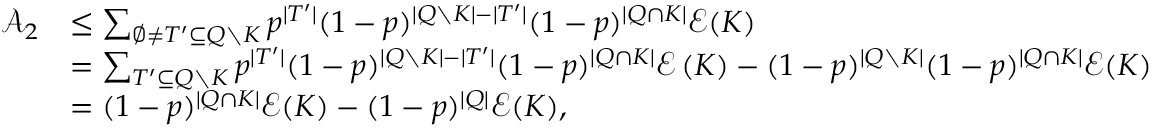
\begin{array} { r l } { \mathcal A _ { 2 } } & { \leq \sum _ { \emptyset \neq T ^ { \prime } \subseteq Q \setminus K } p ^ { | T ^ { \prime } | } ( 1 - p ) ^ { | Q \setminus K | - | T ^ { \prime } | } ( 1 - p ) ^ { | Q \cap K | } \mathcal E ( K ) } \\ & { = \sum _ { T ^ { \prime } \subseteq Q \setminus K } p ^ { | T ^ { \prime } | } ( 1 - p ) ^ { | Q \setminus K | - | T ^ { \prime } | } ( 1 - p ) ^ { | Q \cap K | } \mathcal E \left( K \right) - ( 1 - p ) ^ { | Q \setminus K | } ( 1 - p ) ^ { | Q \cap K | } \mathcal E ( K ) } \\ & { = ( 1 - p ) ^ { | Q \cap K | } \mathcal E ( K ) - ( 1 - p ) ^ { | Q | } \mathcal E ( K ) , } \end{array}